Report of an investigation into the causes of the diseases known in Assam as Kála-Azár and Beri-Beri
Disease focus: Beri-Beri
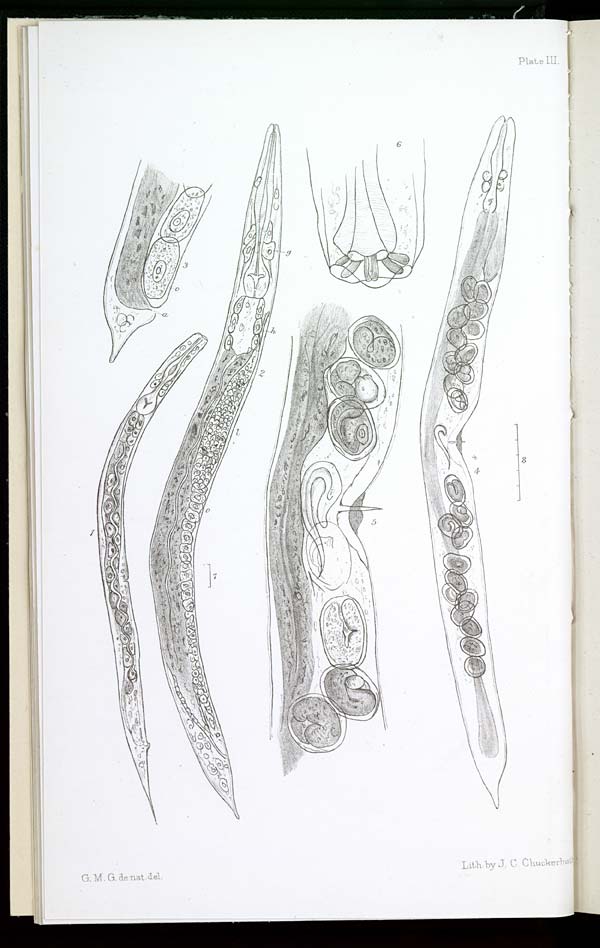
Plate III.
G. M. G. de nat. del.
Lith: by J. C. Chuckerbutt